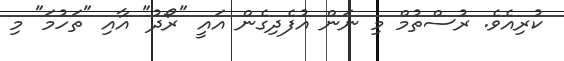
ކުރިއެވެ. ރުސްތުމް މި ނަން އުފެދިގެން އައީ "ރޯދު" އާއި "ތަހުމަ" މި